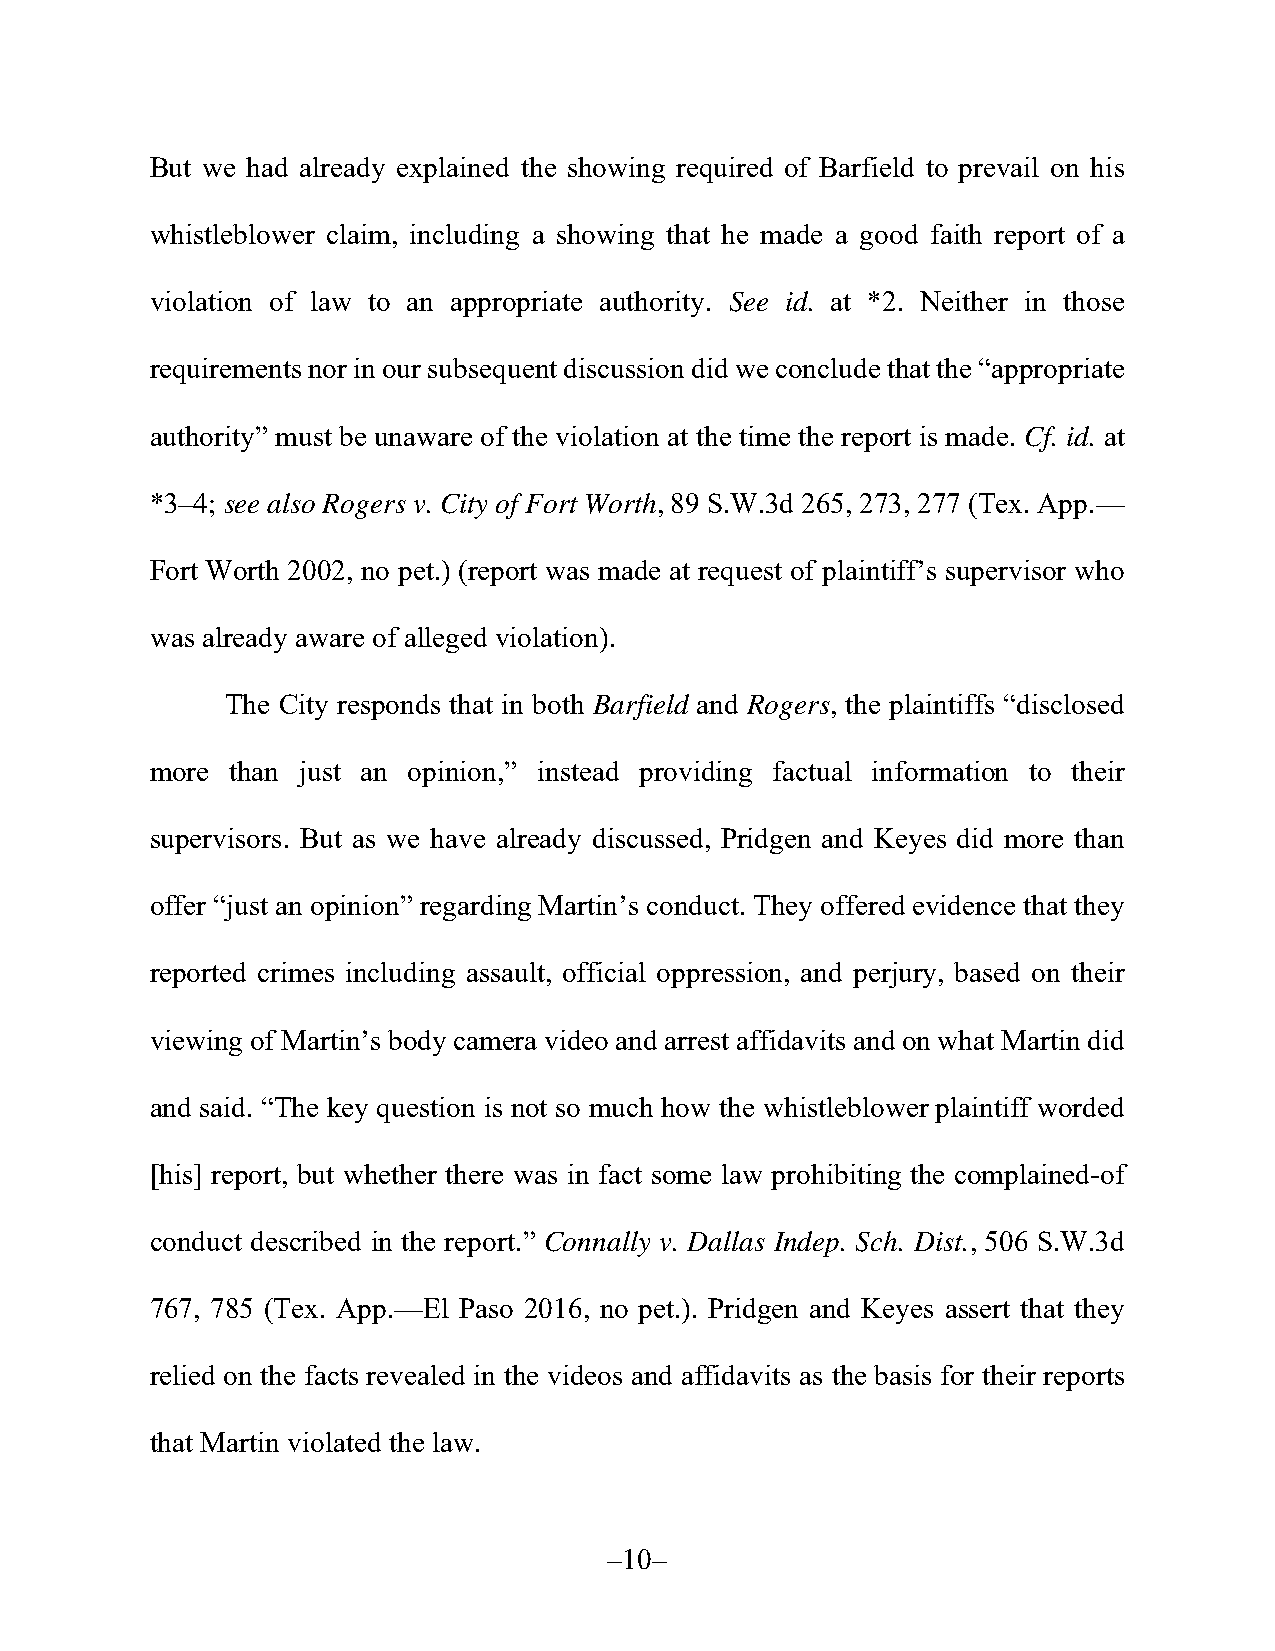
But we had already explained the showing required of Barfield to prevail on his
 whistleblower claim, including a showing that he made a good faith report of a
 violation of law to an appropriate authority. See id. at *2. Neither in those
 requirements nor in our subsequent discussion did we conclude that the “appropriate
 authority” must be unaware of the violation at the time the report is made. Cf. id. at
 *3–4; see also Rogers v. City of Fort Worth, 89 S.W.3d 265, 273, 277 (Tex. App.—
 Fort Worth 2002, no pet.) (report was made at request of plaintiff’s supervisor who
 was already aware of alleged violation).
 The City responds that in both Barfield and Rogers, the plaintiffs “disclosed
 more than just an opinion,” instead providing factual information to their
 supervisors. But as we have already discussed, Pridgen and Keyes did more than
 offer “just an opinion” regarding Martin’s conduct. They offered evidence that they
 reported crimes including assault, official oppression, and perjury, based on their
 viewing of Martin’s body camera video and arrest affidavits and on what Martin did
 and said. “The key question is not so much how the whistleblower plaintiff worded
 [his] report, but whether there was in fact some law prohibiting the complained-of
 conduct described in the report.” Connally v. Dallas Indep. Sch. Dist., 506 S.W.3d
 767, 785 (Tex. App.—El Paso 2016, no pet.). Pridgen and Keyes assert that they
 relied on the facts revealed in the videos and affidavits as the basis for their reports
 that Martin violated the law.
 –10–